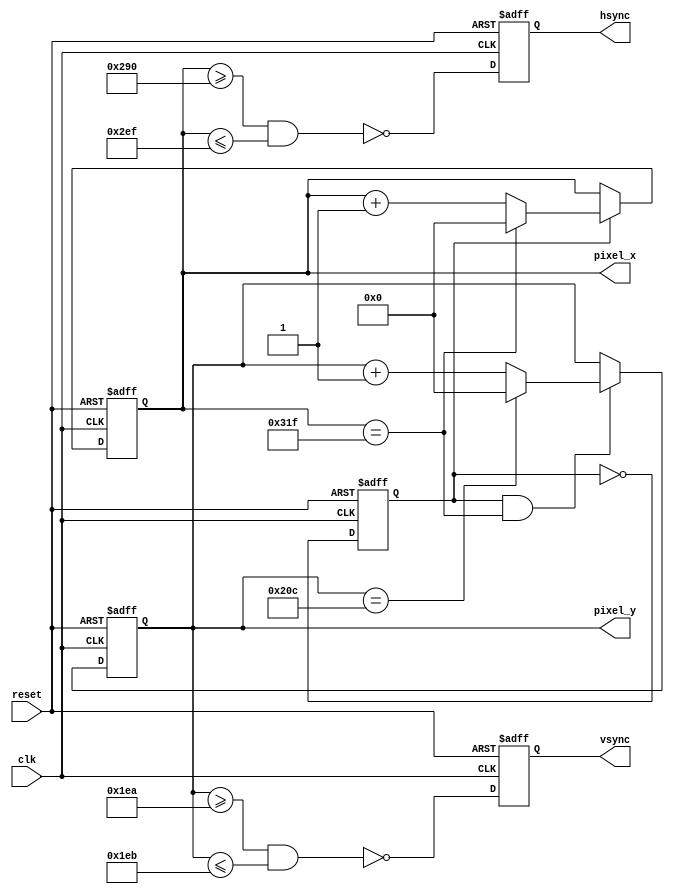
`timescale 1ns / 1ps
//////////////////////////////////////////////////////////////////////////////////
// Company: 
// 
// Design Name: 
// Module Name:    vga_sync 
// Project Name: 
// Target Devices: 
// Tool versions: 
// Description: 
//
// Dependencies: 
//
// Revision: 
// Revision 0.01 - File Created
// Additional Comments: 
//
//////////////////////////////////////////////////////////////////////////////////
module vga_sync(
    input wire clk, reset,
    output wire hsync, vsync,
    output wire [9:0] pixel_x, pixel_y
   );
	
	
	reg p_tick;

   // constant declaration
   // VGA 640-by-480 sync parameters
   localparam HD = 640; // horizontal display area
   localparam HF = 48 ; // h. front (left) border
   localparam HB = 16 ; // h. back (right) border
   localparam HR = 96 ; // h. retrace
   localparam VD = 480; // vertical display area
   localparam VF = 10;  // v. front (top) border
   localparam VB = 33;  // v. back (bottom) border
   localparam VR = 2;   // v. retrace

   // mod-2 counter
   reg mod2_reg;
   wire mod2_next;
   // sync counters
   reg [9:0] h_count_reg, h_count_next;
   reg [9:0] v_count_reg, v_count_next;
   // output buffer
   reg v_sync_reg, h_sync_reg;
   wire v_sync_next, h_sync_next;
   // status signal
   wire h_end, v_end, pixel_tick;

   // body
   // registers
   always @(posedge clk, posedge reset)
      if (reset)
         begin
            mod2_reg <= 1'b0;
            v_count_reg <= 0;
            h_count_reg <= 0;
            v_sync_reg <= 1'b0;
            h_sync_reg <= 1'b0;
         end
      else
         begin
            mod2_reg <= mod2_next;
            v_count_reg <= v_count_next;
            h_count_reg <= h_count_next;
            v_sync_reg <= v_sync_next;
            h_sync_reg <= h_sync_next;
         end

   // mod-2 circuit to generate 25 MHz enable tick
   assign mod2_next = ~mod2_reg;
   assign pixel_tick = mod2_reg;

   // status signals
   // end of horizontal counter (799)
   assign h_end = (h_count_reg==(HD+HF+HB+HR-1));
   // end of vertical counter (524)
   assign v_end = (v_count_reg==(VD+VF+VB+VR-1));

   // next-state logic of mod-800 horizontal sync counter
   always @*
      if (pixel_tick)  // 25 MHz pulse
         if (h_end)
            h_count_next = 10'b0;
         else
            h_count_next = h_count_reg + 1'b1;
      else
         h_count_next = h_count_reg;

   // next-state logic of mod-525 vertical sync counter
   always @*
      if (pixel_tick & h_end)
         if (v_end)
            v_count_next = 10'b0;
         else
            v_count_next = v_count_reg + 1'b1;
      else
         v_count_next = v_count_reg;

   // horizontal and vertical sync, buffered to avoid glitch
   // h_sync_next asserted between 656 and 751
   assign h_sync_next = ~(h_count_reg>=(HD+HB) && h_count_reg<=(HD+HB+HR-1));
   // vh_sync_next asserted between 490 and 491
   assign v_sync_next = ~(v_count_reg>=(VD+VF) && v_count_reg<=(VD+VF+VR-1));

   
   // output
   assign hsync = h_sync_reg;
   assign vsync = v_sync_reg;
   assign pixel_x = h_count_reg;
   assign pixel_y = v_count_reg;
   
endmodule